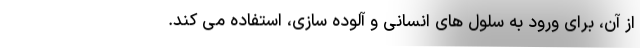
از آن، برای ورود به سلول های انسانی و آلوده سازی، استفاده می کند.